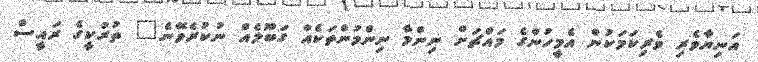
އަނިޔާވެރި ވެރިކަމަކުން އެމީހުންގެ މައްޗަށް ނިންމާ ނިންމުންތަކެއް ގަބޫލެއް ނުކުރެވޭނެ" ތުރުކީގެ ރައީސް